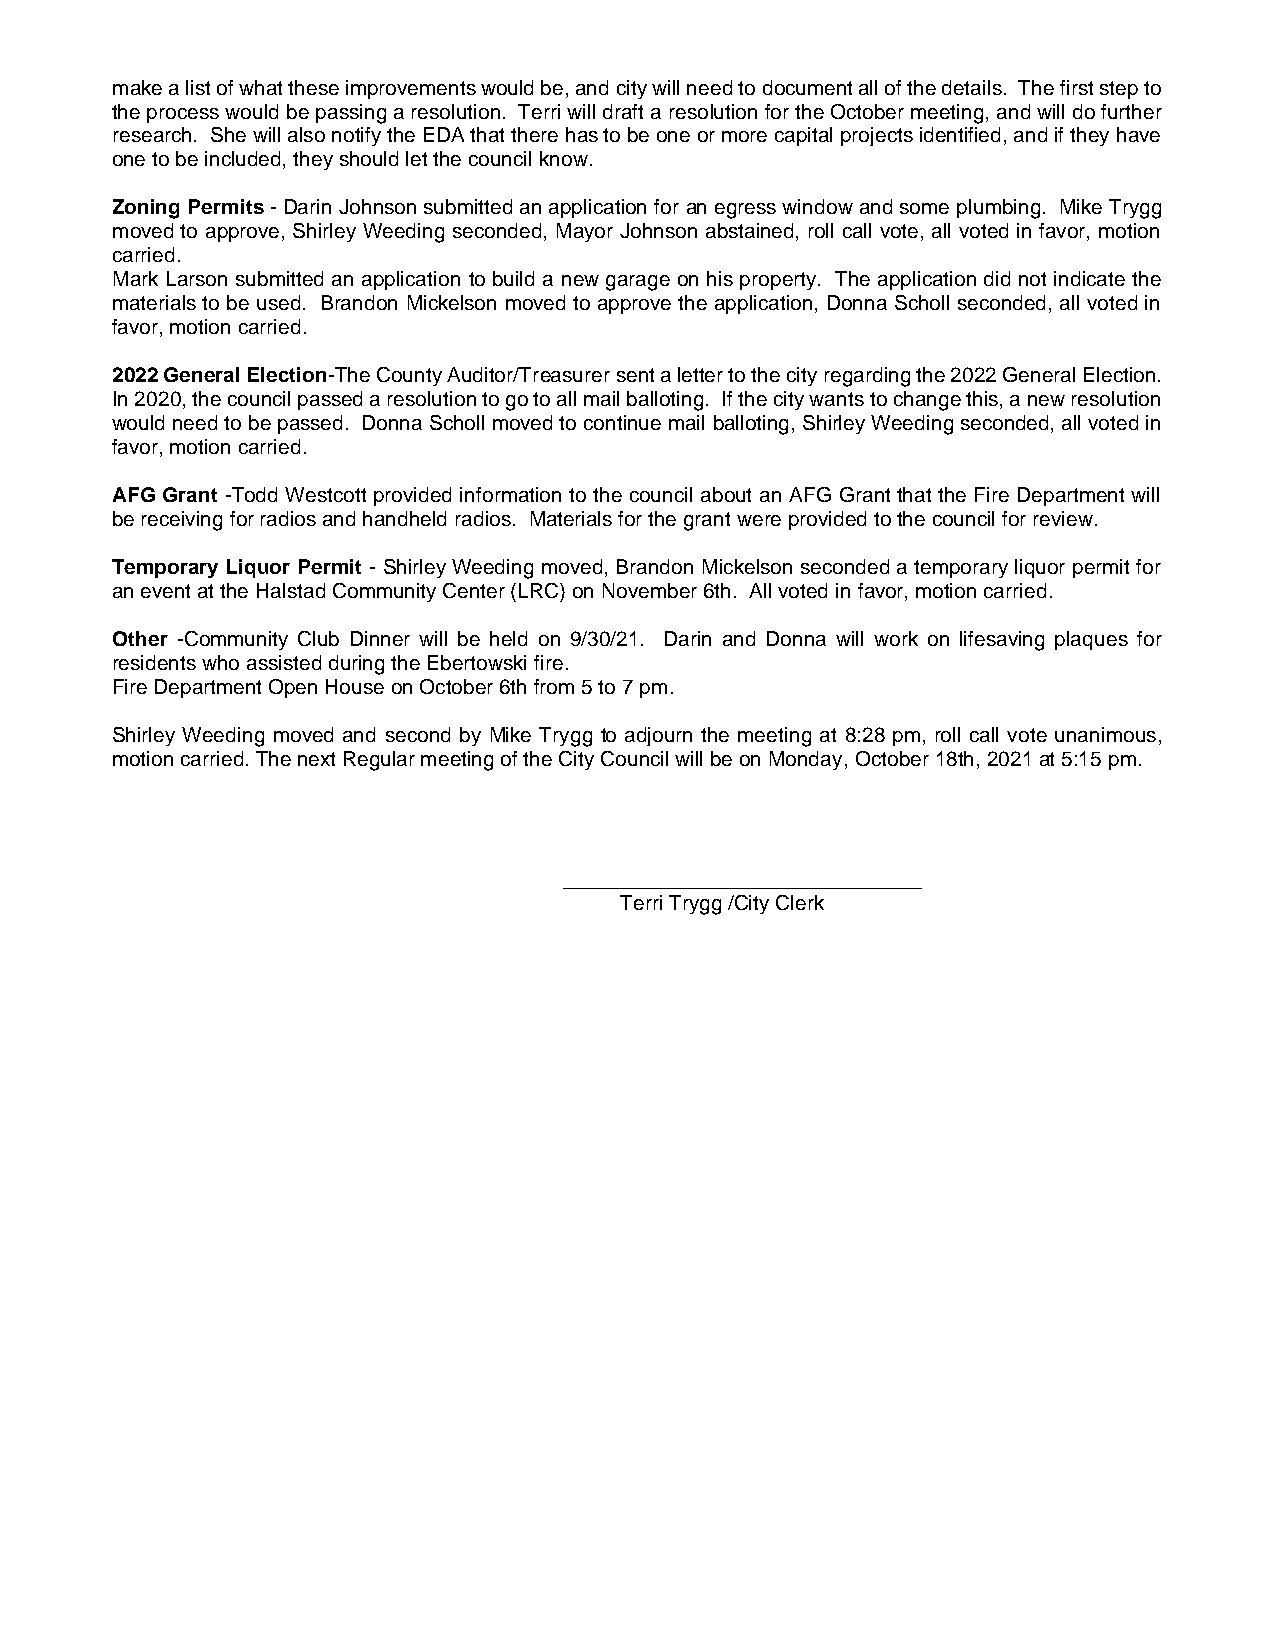
make a list of what these improvements would be, and city will need to document all of the details. The first step to
 the process would be passing a resolution. Terri will draft a resolution for the October meeting, and will do further
 research. She will also notify the EDA that there has to be one or more capital projects identified, and if they have
 one to be included, they should let the council know.
 Zoning Permits - Darin Johnson submitted an application for an egress window and some plumbing. Mike Trygg
 moved to approve, Shirley Weeding seconded, Mayor Johnson abstained, roll call vote, all voted in favor, motion
 carried.
 Mark Larson submitted an application to build a new garage on his property. The application did not indicate the
 materials to be used. Brandon Mickelson moved to approve the application, Donna Scholl seconded, all voted in
 favor, motion carried.
 2022 General Election-The County Auditor/Treasurer sent a letter to the city regarding the 2022 General Election.
 In 2020, the council passed a resolution to go to all mail balloting. If the city wants to change this, a new resolution
 would need to be passed. Donna Scholl moved to continue mail balloting, Shirley Weeding seconded, all voted in
 favor, motion carried.
 AFG Grant -Todd Westcott provided information to the council about an AFG Grant that the Fire Department will
 be receiving for radios and handheld radios. Materials for the grant were provided to the council for review.
 Temporary Liquor Permit - Shirley Weeding moved, Brandon Mickelson seconded a temporary liquor permit for
 an event at the Halstad Community Center (LRC) on November 6th. All voted in favor, motion carried.
 Other -Community Club Dinner will be held on 9/30/21. Darin and Donna will work on lifesaving plaques for
 residents who assisted during the Ebertowski fire.
 Fire Department Open House on October 6th from 5 to 7 pm.
 Shirley Weeding moved and second by Mike Trygg to adjourn the meeting at 8:28 pm, roll call vote unanimous,
 motion carried. The next Regular meeting of the City Council will be on Monday, October 18th, 2021 at 5:15 pm.
 _______________________________
 Terri Trygg /City Clerk